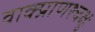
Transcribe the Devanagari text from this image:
वाक्प्राणश्चक्षुः